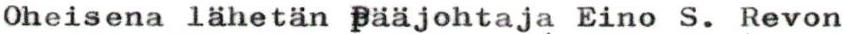
Oheisena lähetän pääjohtaja Eino S. Revon